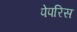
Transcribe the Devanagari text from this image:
पेपरिस